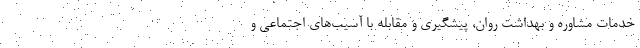
خدمات مشاوره و بهداشت روان، پیشگیری و مقابله با آسیب‌های اجتماعی و